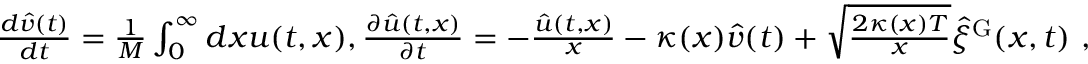
\begin{array} { r } { \frac { d \hat { v } ( t ) } { d t } = \frac { 1 } { M } \int _ { 0 } ^ { \infty } d x u ( t , x ) , \frac { \partial \hat { u } ( t , x ) } { \partial t } = - \frac { \hat { u } ( t , x ) } { x } - \kappa ( x ) \hat { v } ( t ) + \sqrt { \frac { 2 \kappa ( x ) T } { x } } \hat { \xi } ^ { \mathrm { G } } ( x , t ) ~ , } \end{array}